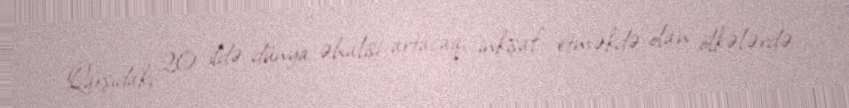
Qarşıdakı 20 ildə dünya əhalisi artacaq, inkişaf etməkdə olan ölkələrdə